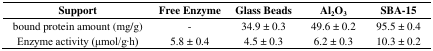
| Support | Free Enzyme | Glass Beads | Al2O3 | SBA-15 |
 | --- | --- | --- | --- | --- |
 | bound protein amount (mg/g) | - | 34.9 ± 0.3 | 49.6 ± 0.2 | 95.5 ± 0.4 |
 | Enzyme activity (μmol/g·h) | 5.8 ± 0.4 | 4.5 ± 0.3 | 6.2 ± 0.3 | 10.3 ± 0.2 |